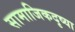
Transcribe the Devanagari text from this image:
सामाजिकदृष्या